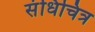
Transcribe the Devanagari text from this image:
संधिचित्र